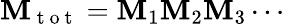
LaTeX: \mathbf{M}_{\mathrm{{~t~o~t~}}}=\mathbf{M}_{1}\mathbf{M}_{2}\mathbf{M}_{3}\cdots